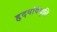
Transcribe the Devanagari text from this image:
हृदयविभूति